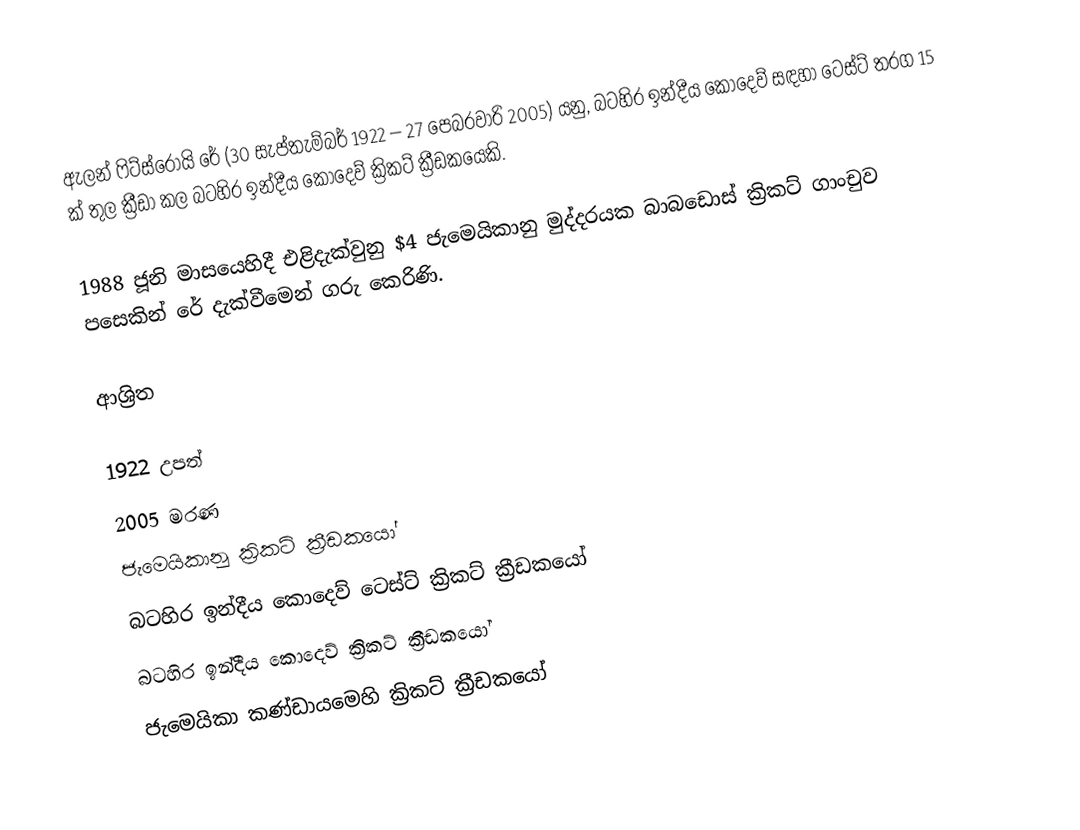
ඇලන් ෆිට්ස්රෝයි රේ (30 සැප්තැම්බර් 1922 – 27 පෙබරවාරි 2005) යනු,  බටහිර ඉන්දීය කොදෙව් සඳහා ටෙස්ට් තරග 15 ක් තුල ක්‍රීඩා කල බටහිර ඉන්දීය කොදෙව් ක්‍රිකට් ක්‍රීඩකයෙකි.

1988 ජූනි මාසයෙහිදී එළිදැක්වුනු $4 ජැමෙයිකානු මුද්දරයක  බාබඩොස් ක්‍රිකට් ගාංචුව පසෙකින් රේ දැක්වීමෙන් ගරු කෙරිණි.

ආශ්‍රිත

1922 උපත්
2005 මරණ
ජැමෙයිකානු ක්‍රිකට් ක්‍රීඩකයෝ
බටහිර ඉන්දීය කොදෙව් ටෙස්ට් ක්‍රිකට් ක්‍රීඩකයෝ
බටහිර ඉන්දීය කොදෙව් ක්‍රිකට් ක්‍රීඩකයෝ
ජැමෙයිකා කණ්ඩායමෙහි ක්‍රිකට් ක්‍රීඩකයෝ